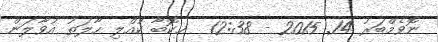
ނޮވެމްބަރު 14